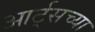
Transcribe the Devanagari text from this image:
आर्ट्‌सच्या